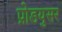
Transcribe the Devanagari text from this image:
प्रोडयुसर